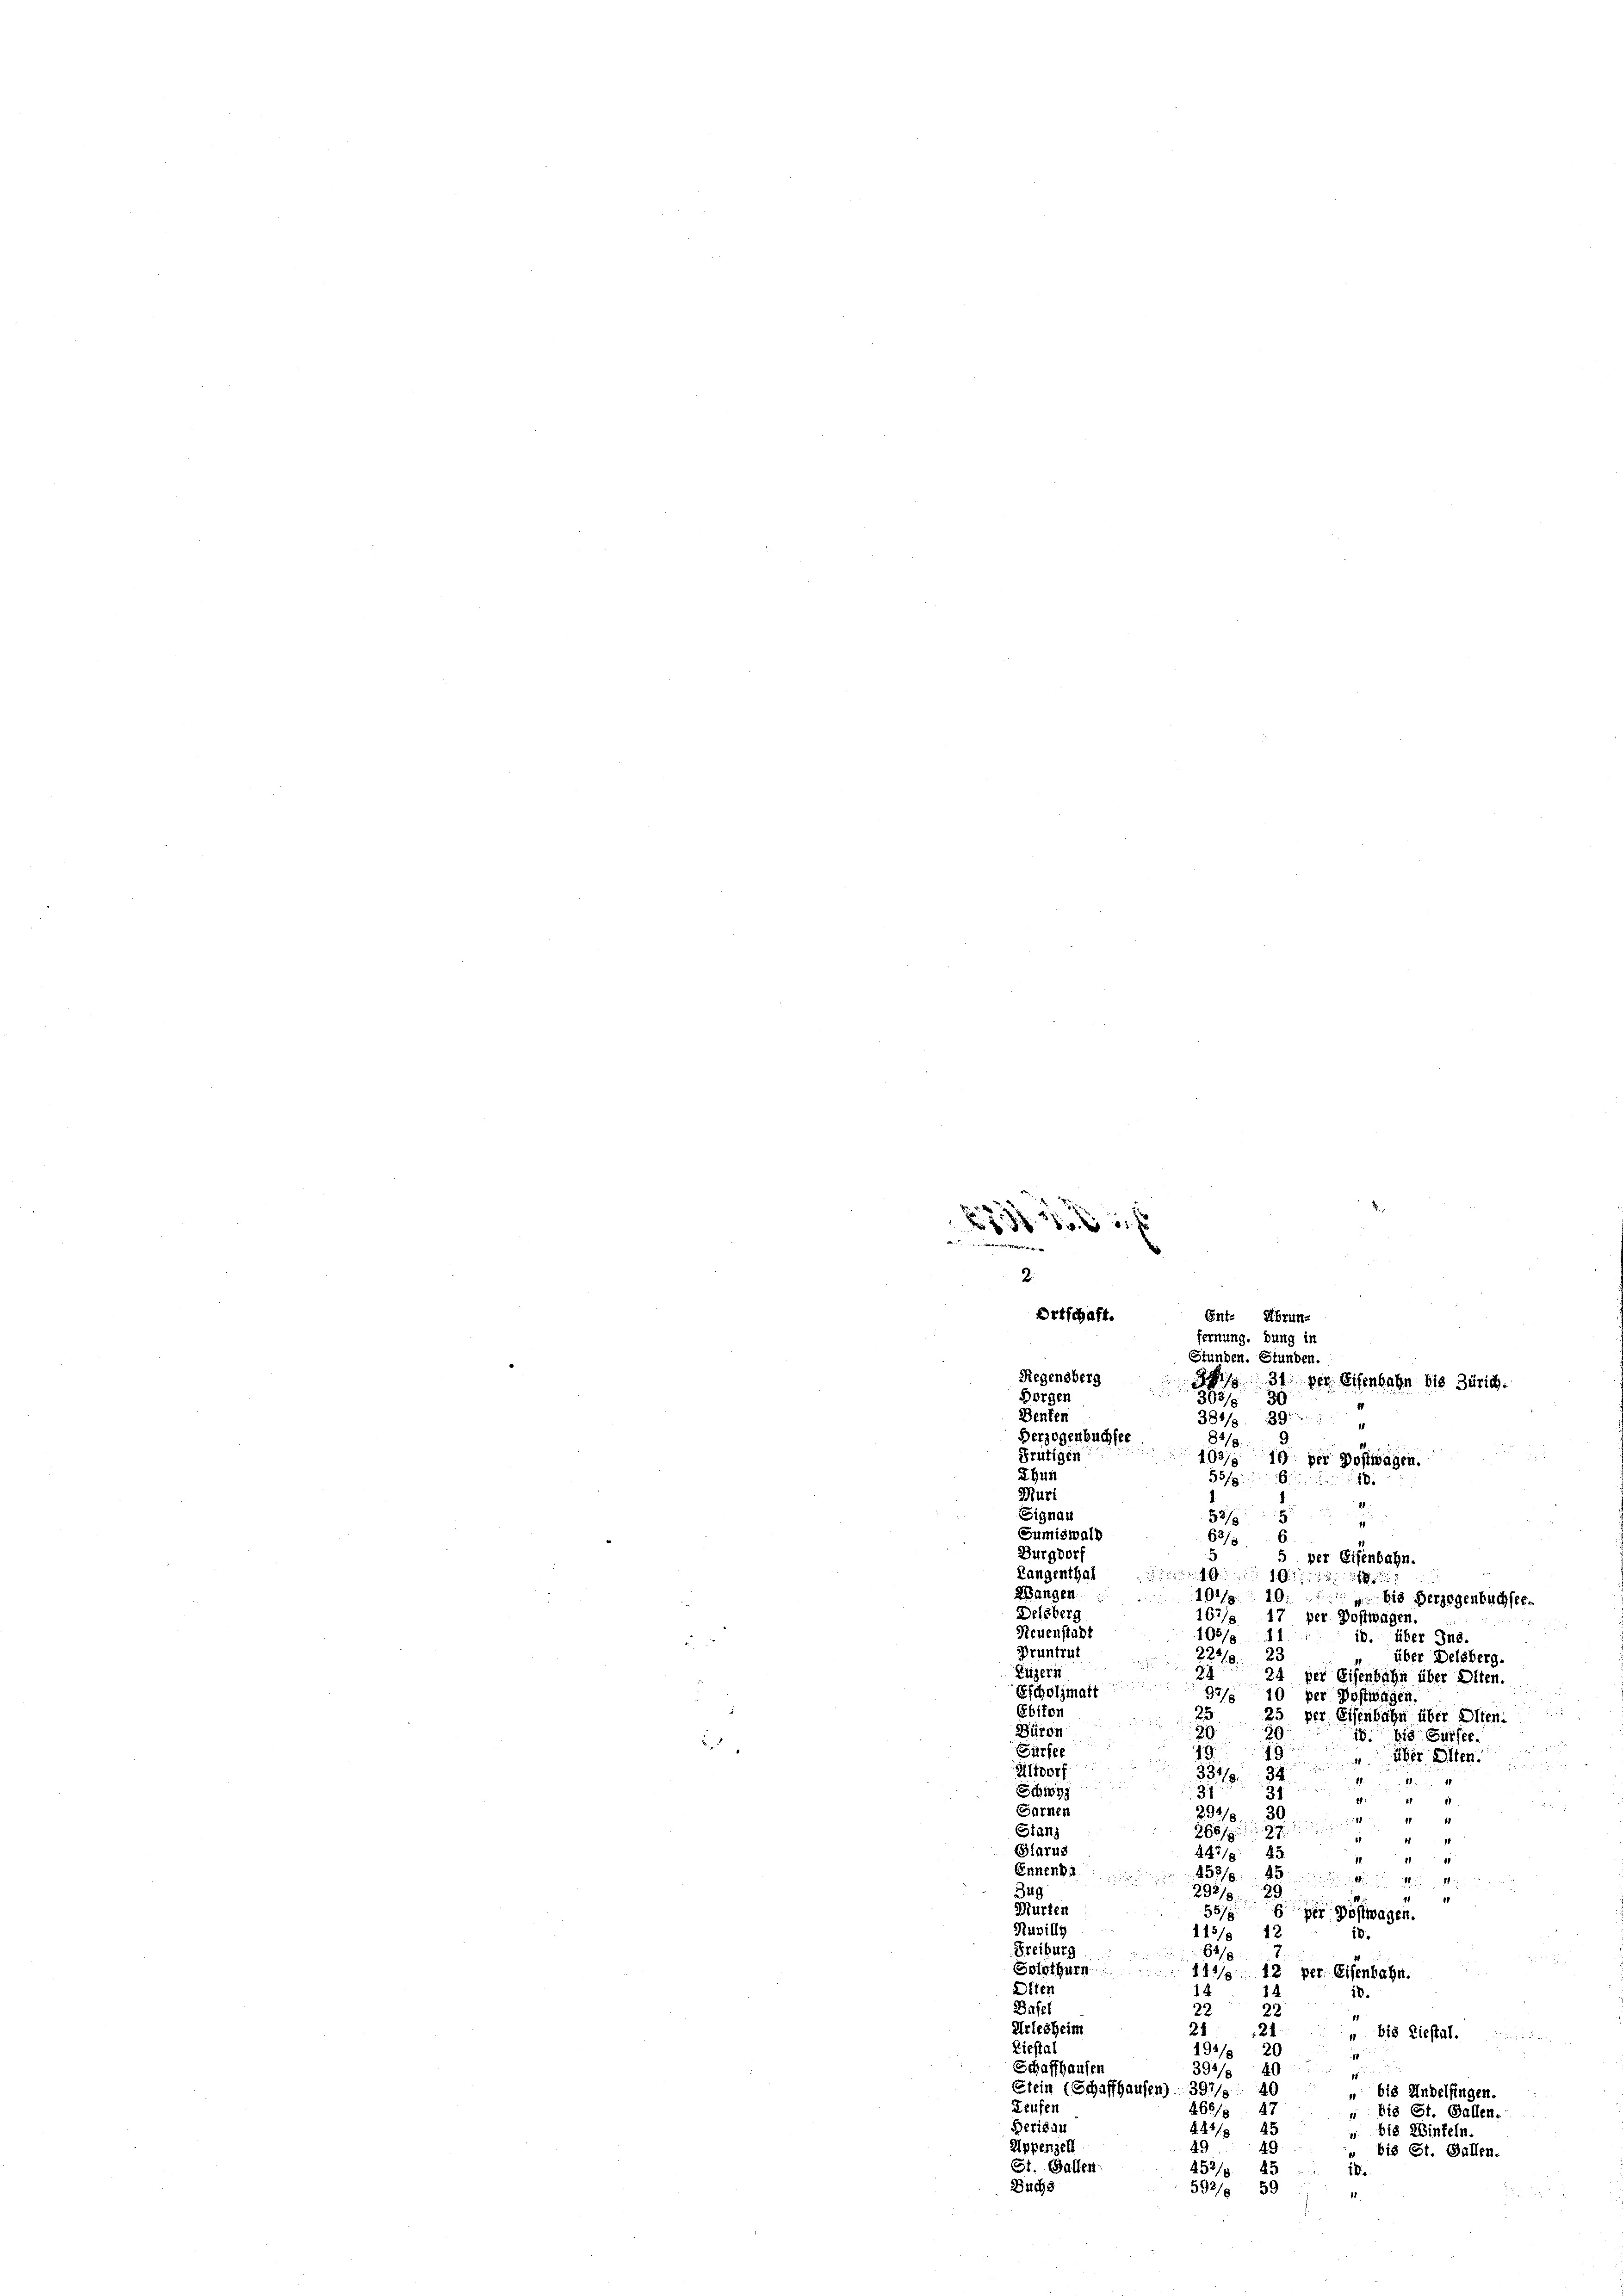
.
x
 230 f
de
d
2.

Ortschaft.
Stunden. Stunden.
Regensberg
31 der Eisenbahn. Die Zürich.
Borger
305/ 30
Denten
384/3. 39
82/
Derzogenbuchsee
Frutigen
103/3 10 per Postwagen.
dhun
55/
18.
Mari
Signau
53/8
e
Sumiswalk
63/3
Burgdorf
5 per Eisenbahn.
Langenthal

9
Wangen
101/10. die Verzogenbuchsel-

Delsberg
167/ 17 per Postwagen.
Neuenstalt
08/9 41
10. über Ins.
Pruntrut
78. 23
über Delsberg.
z
Luzern
24 der Eisenbahn über Olten.
Escholzmaft
2/10 der Postivagen
Ebikon
25
25 per Eisenbahn über Olten.
Bürde
30
18. bis Sursee
Fürfer
4
.
über elten.
Affhorf
1834.
d
Schi
31
31
.
Garnen
920 2
Stand
266/987. 1
i
Glarus
447/8 45
d
Ennenbil
452/8. 45
1
Zug
882/829
1
Murten
55/7
der Postwagen.
Ruvillg
10.
113/8 12
Freiburg
64/8
Solothurn
111/12 per Eisenbahn.
Alter
14
d.
Basel
22
22
Arlesheim
2
21
u. Bis Liestal.
Liestal
194/5 20
Schaffhausen
394/9 49
Stein (Schaffhausen) 397/9 40
 bis Andelfingen.
Leufen
27
266f
“ bis St. Gallen.
Berisau
444/3 45
. bis Winteln.
Appenzell
49
49
bis St. Gallen.
t. Gallen
452/
5
18.
Buchs
592/8 59
11

Ent. Ubrunfernung, dung in